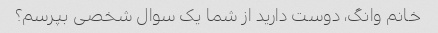
خانم وانگ، دوست دارید از شما یک سوال شخصی بپرسم؟